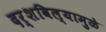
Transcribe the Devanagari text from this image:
दर्शविल्यामुळे